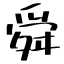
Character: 舜